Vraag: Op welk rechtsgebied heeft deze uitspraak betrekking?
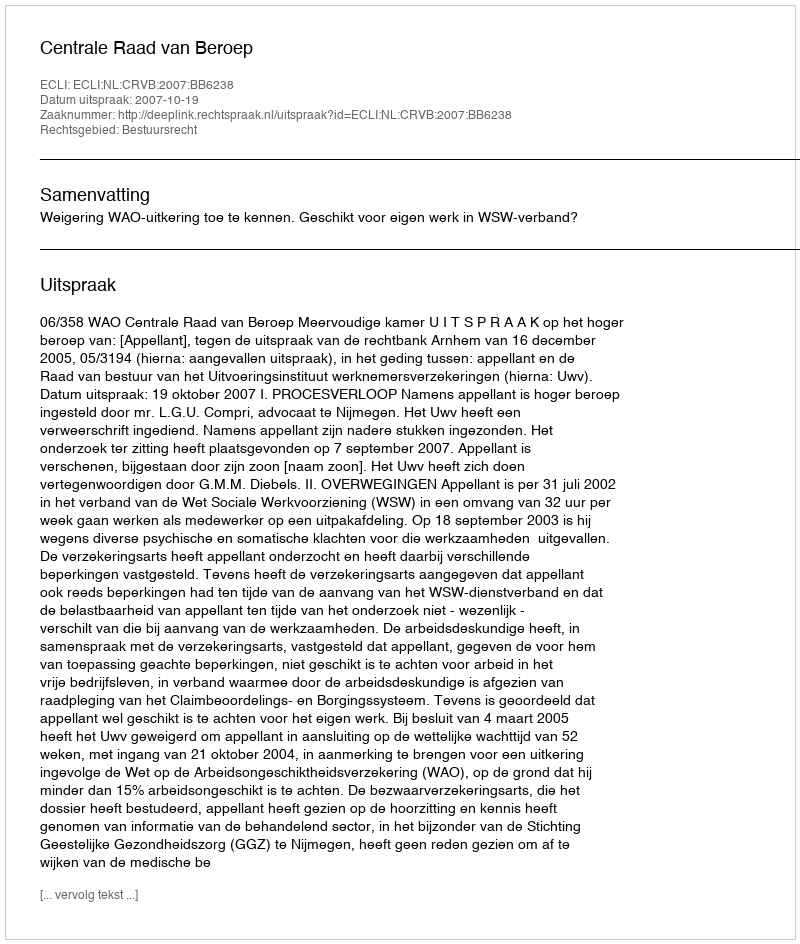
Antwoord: Bestuursrecht